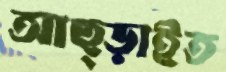
আছ্‌ড়াইত